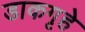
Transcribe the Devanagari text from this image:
डाकगृहे